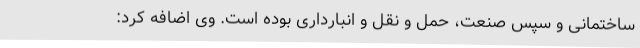
ساختمانی و سپس صنعت، حمل و نقل و انبارداری بوده است. وی اضافه کرد: